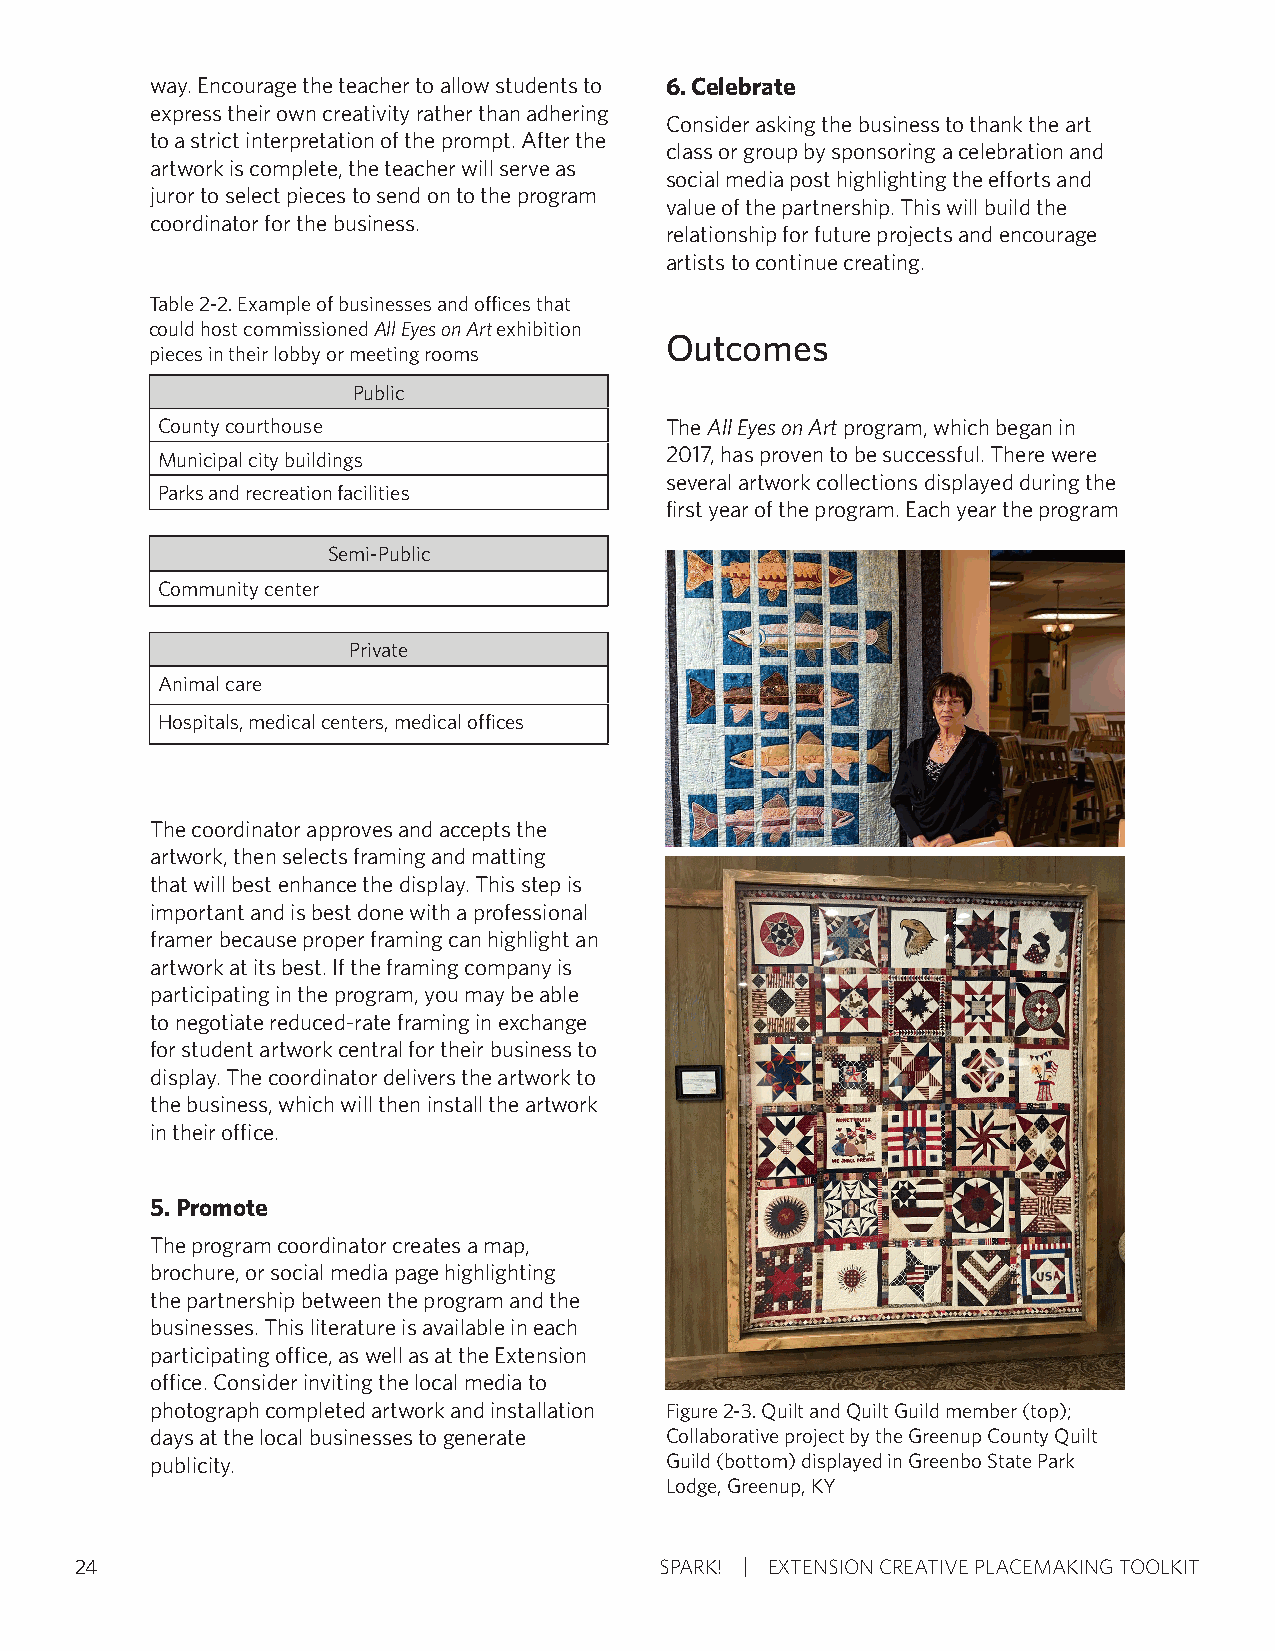
way. Encourage the teacher to allow students to 6. Celebrate
 express their own creativity rather than adhering
 Consider asking the business to thank the art
 to a strict interpretation of the prompt. After the
 class or group by sponsoring a celebration and
 artwork is complete, the teacher will serve as
 social media post highlighting the efforts and
 juror to select pieces to send on to the program
 value of the partnership. This will build the
 coordinator for the business.
 relationship for future projects and encourage
 artists to continue creating.
 Table 2-2. Example of businesses and offices that
 could host commissioned All Eyes on Art exhibition
 Outcomes
 pieces in their lobby or meeting rooms
 Public
 County courthouse                 The All Eyes on Art program, which began in
 Municipal city buildings          2017, has proven to be successful. There were
 several artwork collections displayed during the
 Parks and recreation facilities
 first year of the program. Each year the program
 Semi-Public
 Community center
 Private
 Animal care
 Hospitals, medical centers, medical offices
 The coordinator approves and accepts the
 artwork, then selects framing and matting
 that will best enhance the display. This step is
 important and is best done with a professional
 framer because proper framing can highlight an
 artwork at its best. If the framing company is
 participating in the program, you may be able
 to negotiate reduced-rate framing in exchange
 for student artwork central for their business to
 display. The coordinator delivers the artwork to
 the business, which will then install the artwork
 in their office.
 5. Promote
 The program coordinator creates a map,
 brochure, or social media page highlighting
 the partnership between the program and the
 businesses. This literature is available in each
 participating office, as well as at the Extension
 office. Consider inviting the local media to
 photograph completed artwork and installation Figure 2-3. Quilt and Quilt Guild member (top);
 days at the local businesses to generate Collaborative project by the Greenup County Quilt
 publicity.                        Guild (bottom) displayed in Greenbo State Park
 Lodge, Greenup, KY
 24                                     SPARK! EXTENSION CREATIVE PLACEMAKING TOOLKIT